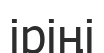
іріңі